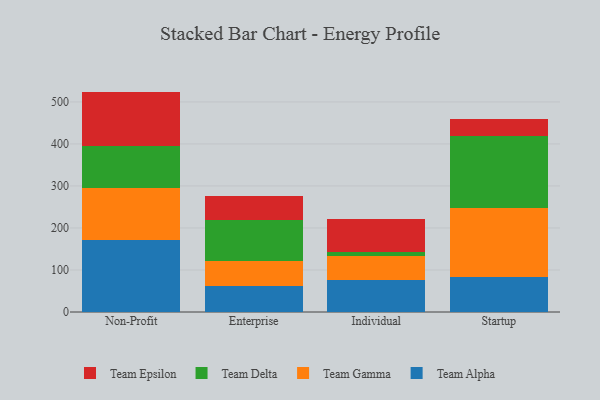
{"axis": {"x": "Segment", "y": "Market Share (%)"}, "legend": ["Team Alpha", "Team Delta", "Team Epsilon", "Team Gamma"], "data": [{"x": "Non-Profit", "y": 170.4, "type": "Team Alpha"}, {"x": "Non-Profit", "y": 125.4, "type": "Team Gamma"}, {"x": "Non-Profit", "y": 99.3, "type": "Team Delta"}, {"x": "Non-Profit", "y": 129.5, "type": "Team Epsilon"}, {"x": "Enterprise", "y": 62.3, "type": "Team Alpha"}, {"x": "Enterprise", "y": 58.2, "type": "Team Gamma"}, {"x": "Enterprise", "y": 98.1, "type": "Team Delta"}, {"x": "Enterprise", "y": 58.3, "type": "Team Epsilon"}, {"x": "Individual", "y": 75.5, "type": "Team Alpha"}, {"x": "Individual", "y": 58.3, "type": "Team Gamma"}, {"x": "Individual", "y": 8.5, "type": "Team Delta"}, {"x": "Individual", "y": 79.1, "type": "Team Epsilon"}, {"x": "Startup", "y": 82.4, "type": "Team Alpha"}, {"x": "Startup", "y": 166.2, "type": "Team Gamma"}, {"x": "Startup", "y": 170.9, "type": "Team Delta"}, {"x": "Startup", "y": 40.8, "type": "Team Epsilon"}]}